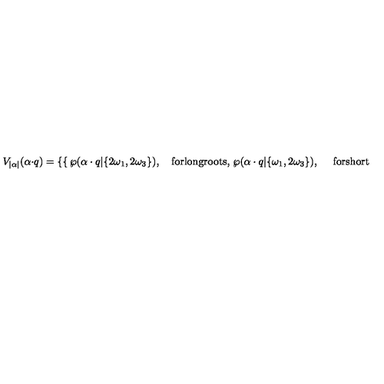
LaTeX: V _ { | \alpha | } ( \alpha \cdot q ) = \left\{ \begin{cases} { \wp ( \alpha \cdot q | \{ 2 \omega _ { 1 } , 2 \omega _ { 3 } \} ) , \quad \mathrm { f o r l o n g r o o t s } , } \\ { \wp ( \alpha \cdot q | \{ \omega _ { 1 } , 2 \omega _ { 3 } \} ) , \quad \ \mathrm { f o r s h o r t r o o t s } . } \\ \end{cases} \right.